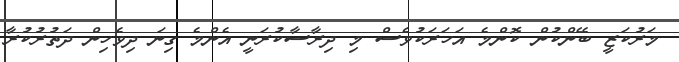
މަރުކަޒީ ބޭންކުން ކޮންމެ އަހަރަކުވެސް މި ދިރާސާކުރަނީ އެންމެ ގިނަ ދިވެހިން ދަތުރުކުރާ